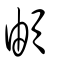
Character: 頔